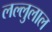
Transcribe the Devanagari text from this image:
लल्लुलाल